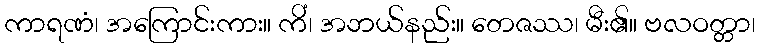
ကာရဏံ၊ အကြောင်းကား။ ကိံ၊ အဘယ်နည်း။ တေဇဿ၊ မီး၏။ ဗလဝတ္တာ၊